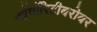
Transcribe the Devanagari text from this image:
ऑथॉरिटीबरोबर